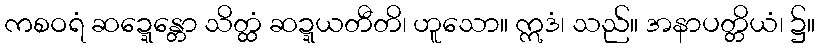
ကစဝရံ ဆဍ္ဍေန္တော သိတ္ထံ ဆဍ္ဍယတီတိ၊ ဟူသော။ ဣဒံ၊ သည်။ အနာပတ္တိယံ၊ ၌။